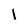
Character: l